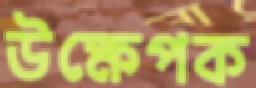
উক্ষেপক